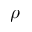
\rho